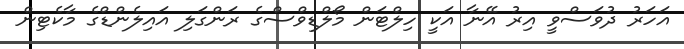
އަހަރު ދުވަސްވީ އިރު އޭނާ އަކީ ހިލްޓަން މޯލްޑިވްސްގެ ރަންގަލި އައިލެންޑްގެ މާކެޓިން